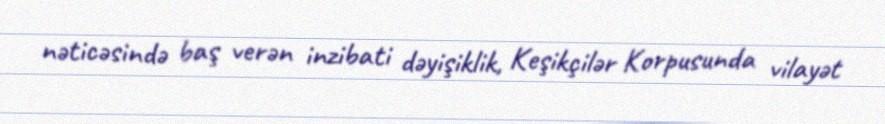
nəticəsində baş verən inzibati dəyişiklik, Keşikçilər Korpusunda vilayət